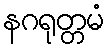
နဂရုတ္တမံ